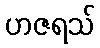
ဟဇရသ်